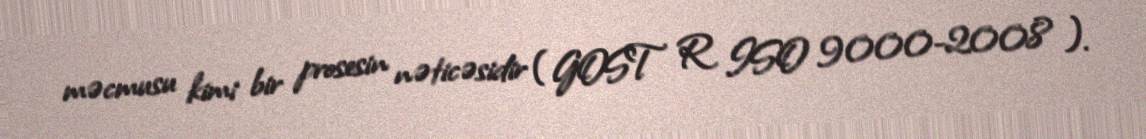
məcmusu kimi bir prosesin nəticəsidir (GOST R ISO 9000-2008 ).